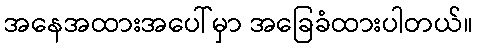
အနေအထားအပေါ်မှာ အခြေခံထားပါတယ်။